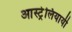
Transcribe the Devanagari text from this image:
आस्ट्रेलियायी